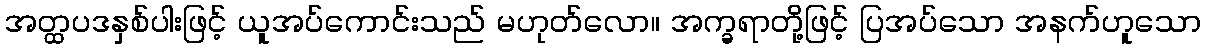
အတ္ထပဒနှစ်ပါးဖြင့် ယူအပ်ကောင်းသည် မဟုတ်လော။ အက္ခရာတို့ဖြင့် ပြအပ်သော အနက်ဟူသော